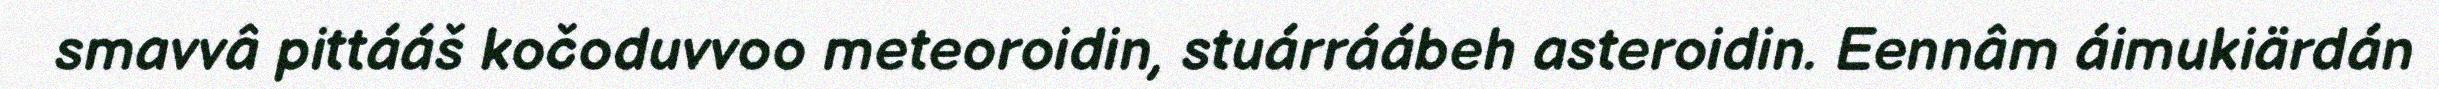
smavvâ pittááš kočoduvvoo meteoroidin, stuárráábeh asteroidin. Eennâm áimukiärdán